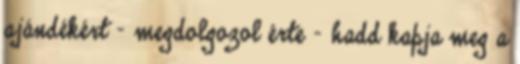
ajándékért – megdolgozol érte – hadd kapja meg a